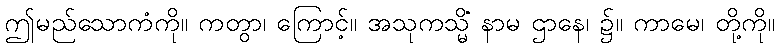
ဤမည်သောကံကို။ ကတွာ၊ ကြောင့်။ အသုကသ္မိံ နာမ ဌာနေ၊ ၌။ ကာမေ၊ တို့ကို။